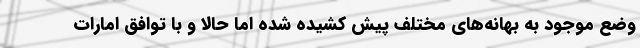
وضع موجود به بهانه‌های مختلف پیش کشیده شده اما حالا و با توافق امارات